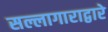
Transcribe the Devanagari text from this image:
सल्लागाराद्वारे